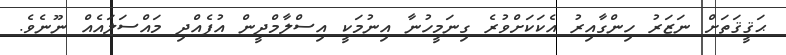
ޙަޤީޤަތަށް ނަޒަރު ހިންގާއިރު އެކަކަށްވުރެ ގިނަމީހުނާ އިނުމަކީ އިސްލާމްދީން އުފެއްދި މައްސަލައެއް ނޫނެވެ.